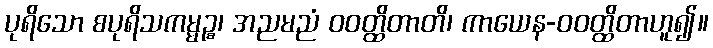
ပုရိသော စပုရိသကမ္မဉ္စ၊ အညမညံ ဝဝတ္ထိတာတိ၊ ကာယေန-ဝဝတ္ထိတာဟူ၍။